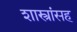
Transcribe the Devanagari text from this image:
शास्त्रांसह